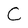
Character: C